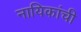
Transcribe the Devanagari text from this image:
नायिकांची